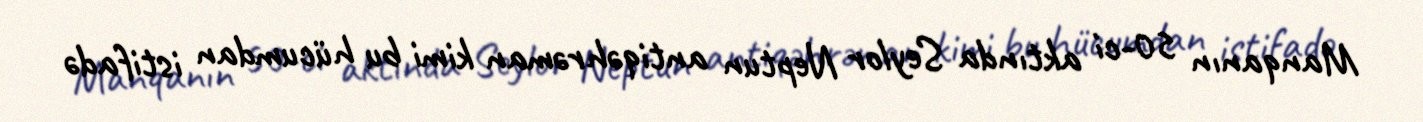
Manqanın 50-ci aktında Seylor Neptun antiqəhrəman kimi bu hücumdan istifadə